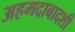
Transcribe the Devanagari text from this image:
अहमदाबादशी